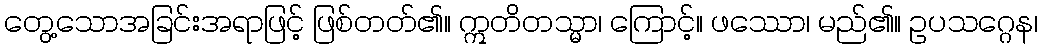
တွေ့သောအခြင်းအရာဖြင့် ဖြစ်တတ်၏။ ဣတိတသ္မာ၊ ကြောင့်။ ဖဿော၊ မည်၏။ ဥပသဂ္ဂေန၊